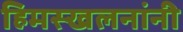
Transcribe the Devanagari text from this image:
हिमस्खलनांनी